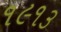
૧૯૧૩